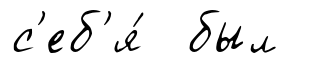
с'еб'я́ был